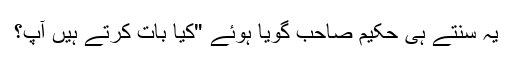
یہ سنتے ہی حکیم صاحب گویا ہوئے "کیا بات کرتے ہیں آپ؟